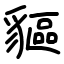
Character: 貙